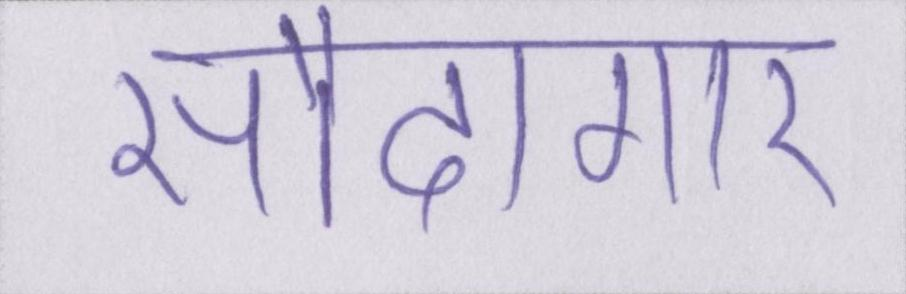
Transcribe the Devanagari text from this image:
सौदागार